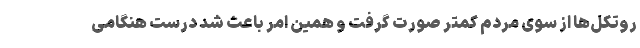
روتکل‌ها از سوی مردم کمتر صورت گرفت و همین امر باعث شد درست هنگامی